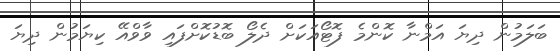
ބަލަމުން ދިޔަ އަމްނާ ކޮންމެ ފޮޓޯއަކަށް ދެލޯ ބޮޑުކޮށްފައި ވާވްއޭ ކިޔަމުން ދިޔަ